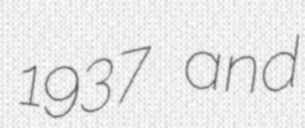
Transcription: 1937 and